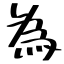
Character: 為